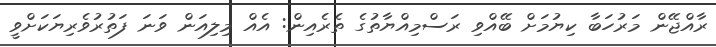
ރާއްޖޭން މަރުހަބާ ކިޔުމަށް ބޭއްވި ރަސްމިއްޔާތުގެ ތެރެއިން: އެއް މިލިއަން ވަނަ ފަތުރުވެރިޔަކަށްވީ